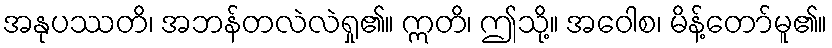
အနုပဿတိ၊ အဘန်တလဲလဲရှု၏။ ဣတိ၊ ဤသို့။ အဝေါစ၊ မိန့်တော်မူ၏။